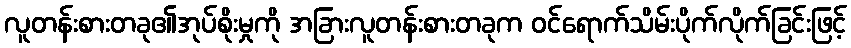
လူတန်းစားတခု၏အုပ်စိုးမှုကို အခြားလူတန်းစားတခုက ဝင်ရောက်သိမ်းပိုက်လိုက်ခြင်းဖြင့်